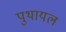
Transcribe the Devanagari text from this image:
पुथायल